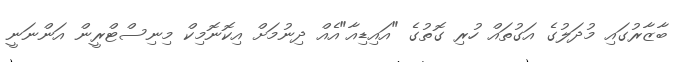
ބާޒާރުގައި މުދަލުގެ އަގުތައް ހުރި ގޮތުގެ "އައިޑިއާ"އެއް ދިނުމަށް އިކޮނޮމިކް މިނިސްޓްރީން އަންނަނީ